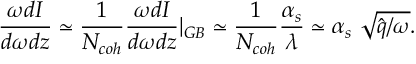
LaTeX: \frac { \omega d I } { d \omega d z } \simeq \frac { 1 } { N _ { c o h } } \frac { \omega d I } { d \omega d z } \vert _ { G B } \simeq \frac { 1 } { N _ { c o h } } \frac { \alpha _ { s } } { \lambda } \simeq \alpha _ { s } ~ \sqrt { \hat { q } / \omega } .